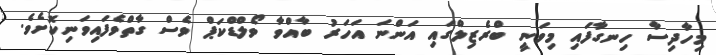
މިހާދިސާ ހިނގާފައި މިވަނީ ބްރެޒިލްގައި އަންނަ އަހަރު ބާއްވާ ވޯލްޑްކަޕް ވެސް ގާތްވެފައިވަނިކޮށެވެ.